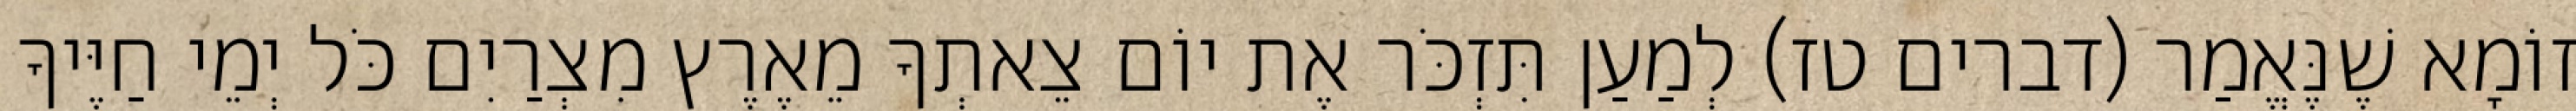
זוֹמָא שֶׁנֶּאֱמַר (דברים טז) לְמַעַן תִּזְכֹּר אֶת יוֹם צֵאתְךָ מֵאֶרֶץ מִצְרַיִם כֹּל יְמֵי חַיֶּיךָ